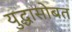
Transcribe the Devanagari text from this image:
युद्धासोबत